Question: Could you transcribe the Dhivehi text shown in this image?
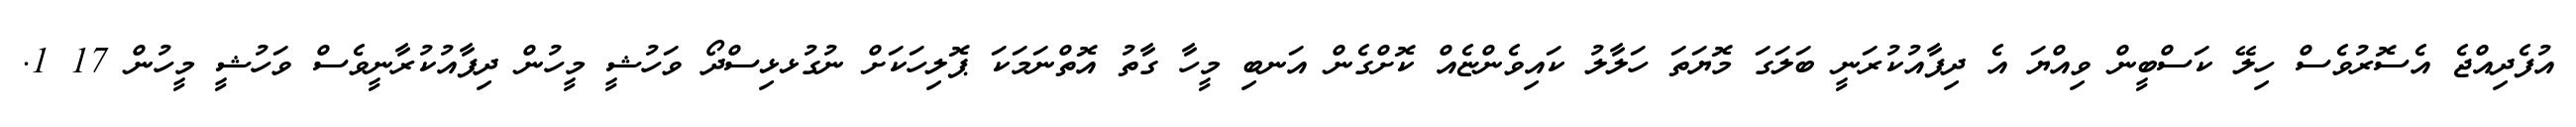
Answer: އުފެދިއްޖެ އެސޮރުވެސް ހިލޭ ކަސްބީން ވިއްޔަ އެ ދިފާއުކުރަނީ ބަލަގަ މޮޔަތަ ހަލާލު ކައިވެންޏެއް ކޮށްގެން އަނބި މީހާ ގާތު އޮތްނަމަކަ ޕޮލިހަކަށް ނުގުޅޅިސްދޯ ވަހުޝީ މީހުން ދިފާއުކުރާނީވެސް ވަހުޝީ މީހުން 17 1.